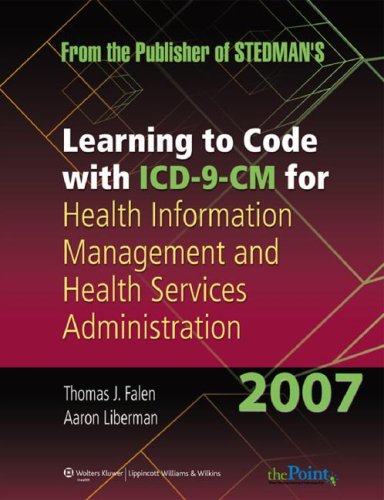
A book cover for Learning to Code with ICD-9-CM for Health Information Management and Health Services Administration 2007; Thomas J. Falen MA  RHIA  LHRM; Medical Books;